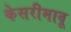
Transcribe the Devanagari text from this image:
केसरीमावू